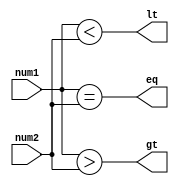
module inequality_comparator (
    input wire signed [7:0] num1,
    input wire signed [7:0] num2,
    output wire gt, // num1 > num2
    output wire lt, // num1 < num2
    output wire eq  // num1 = num2
);

assign gt = (num1 > num2);
assign lt = (num1 < num2);
assign eq = (num1 == num2);

endmodule